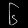
Digit: ၆